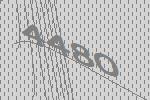
4480